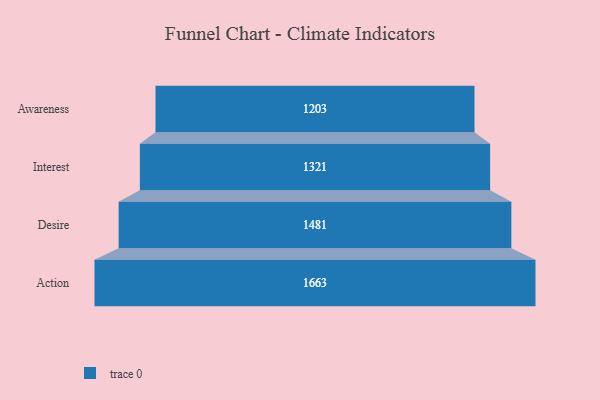
{"axis": {"x": "Stage", "y": "Value"}, "legend": [""], "data": [{"x": "Awareness", "y": 1203.0, "type": ""}, {"x": "Interest", "y": 1321.0, "type": ""}, {"x": "Desire", "y": 1481.0, "type": ""}, {"x": "Action", "y": 1663.0, "type": ""}]}